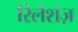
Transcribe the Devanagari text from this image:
रिलेशंज़